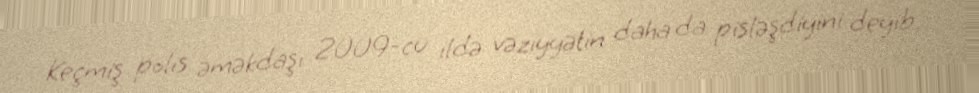
Keçmiş polis əməkdaşı 2009-cu ildə vəziyyətin daha da pisləşdiyini deyib.